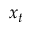
x _ { t }